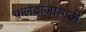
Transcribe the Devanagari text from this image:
फलंदाजासाठी